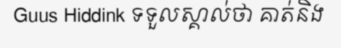
Guus Hiddink ទទួលស្គាល់ថា គាត់និង